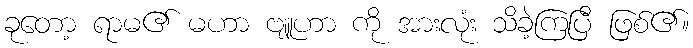
ခုတော့ ရာမ၏ မဟာ ဗျူဟာ ကို အားလုံး သိခဲ့ကြပြီ ဖြစ်၏။